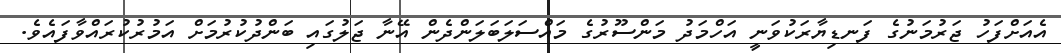
އެއަށްފަހު ޖަރުމަނުގެ ފަނޑިޔާރަކުވަނީ އަހްމަދު މަންސޫރުގެ މައްސަލަބަލަންދެން އޭނާ ޖަލުގައި ބަންދުކުރުމަށް އަމުރުކުރައްވާފައެވެ.